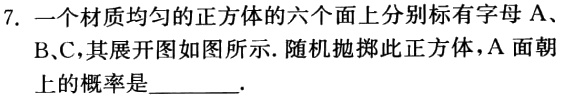
7. 一个材质均匀的正方体的六个面上分别标有字母 A、
B、C，其展开图如图所示. 随机抛掷此正方体，A 面朝上的概率是________.